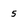
Character: 5